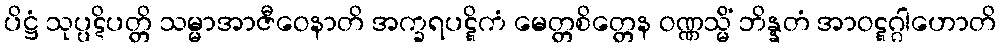
ပိဋ္ဌံ သုပ္ပဋိပတ္တိ သမ္မာအာဇီဝေနာတိ အက္ခရပဋ္ဋိကံ မေတ္တစိတ္တေန ဝဏ္ဏသ္မိံ ဘိန္နတံ အာဝဋ္ဋဂ္ဂါဟောတိ